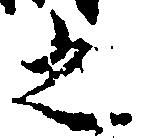
之